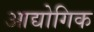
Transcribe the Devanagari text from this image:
आद्योगिक